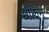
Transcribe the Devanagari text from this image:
छझिन